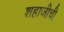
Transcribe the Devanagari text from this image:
शहाजीची